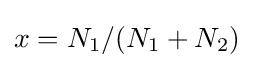
x=N_{1}/(N_{1}+N_{2})